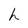
Character: h